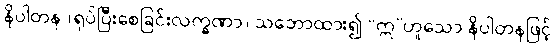
နိပါတန (ရုပ်ပြီးစေခြင်းလက္ခဏာ) သဘောထား၍ “ဣ”ဟူသော နိပါတနဖြင့်